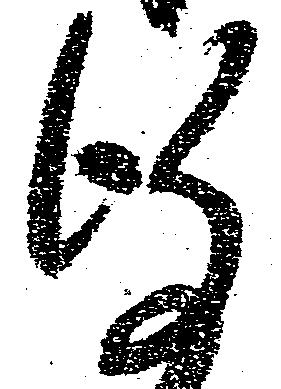
謹